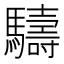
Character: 䮻